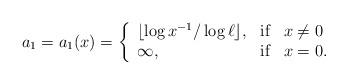
LaTeX: \begin{align*} a_1=a_1(x) = \left\{\begin{array}{lll}\lfloor\log x^{-1} / \log \ell \rfloor, & \hbox{if} & x \neq 0 \\\infty, & \hbox{if} & x = 0.\end{array} \right.\end{align*}